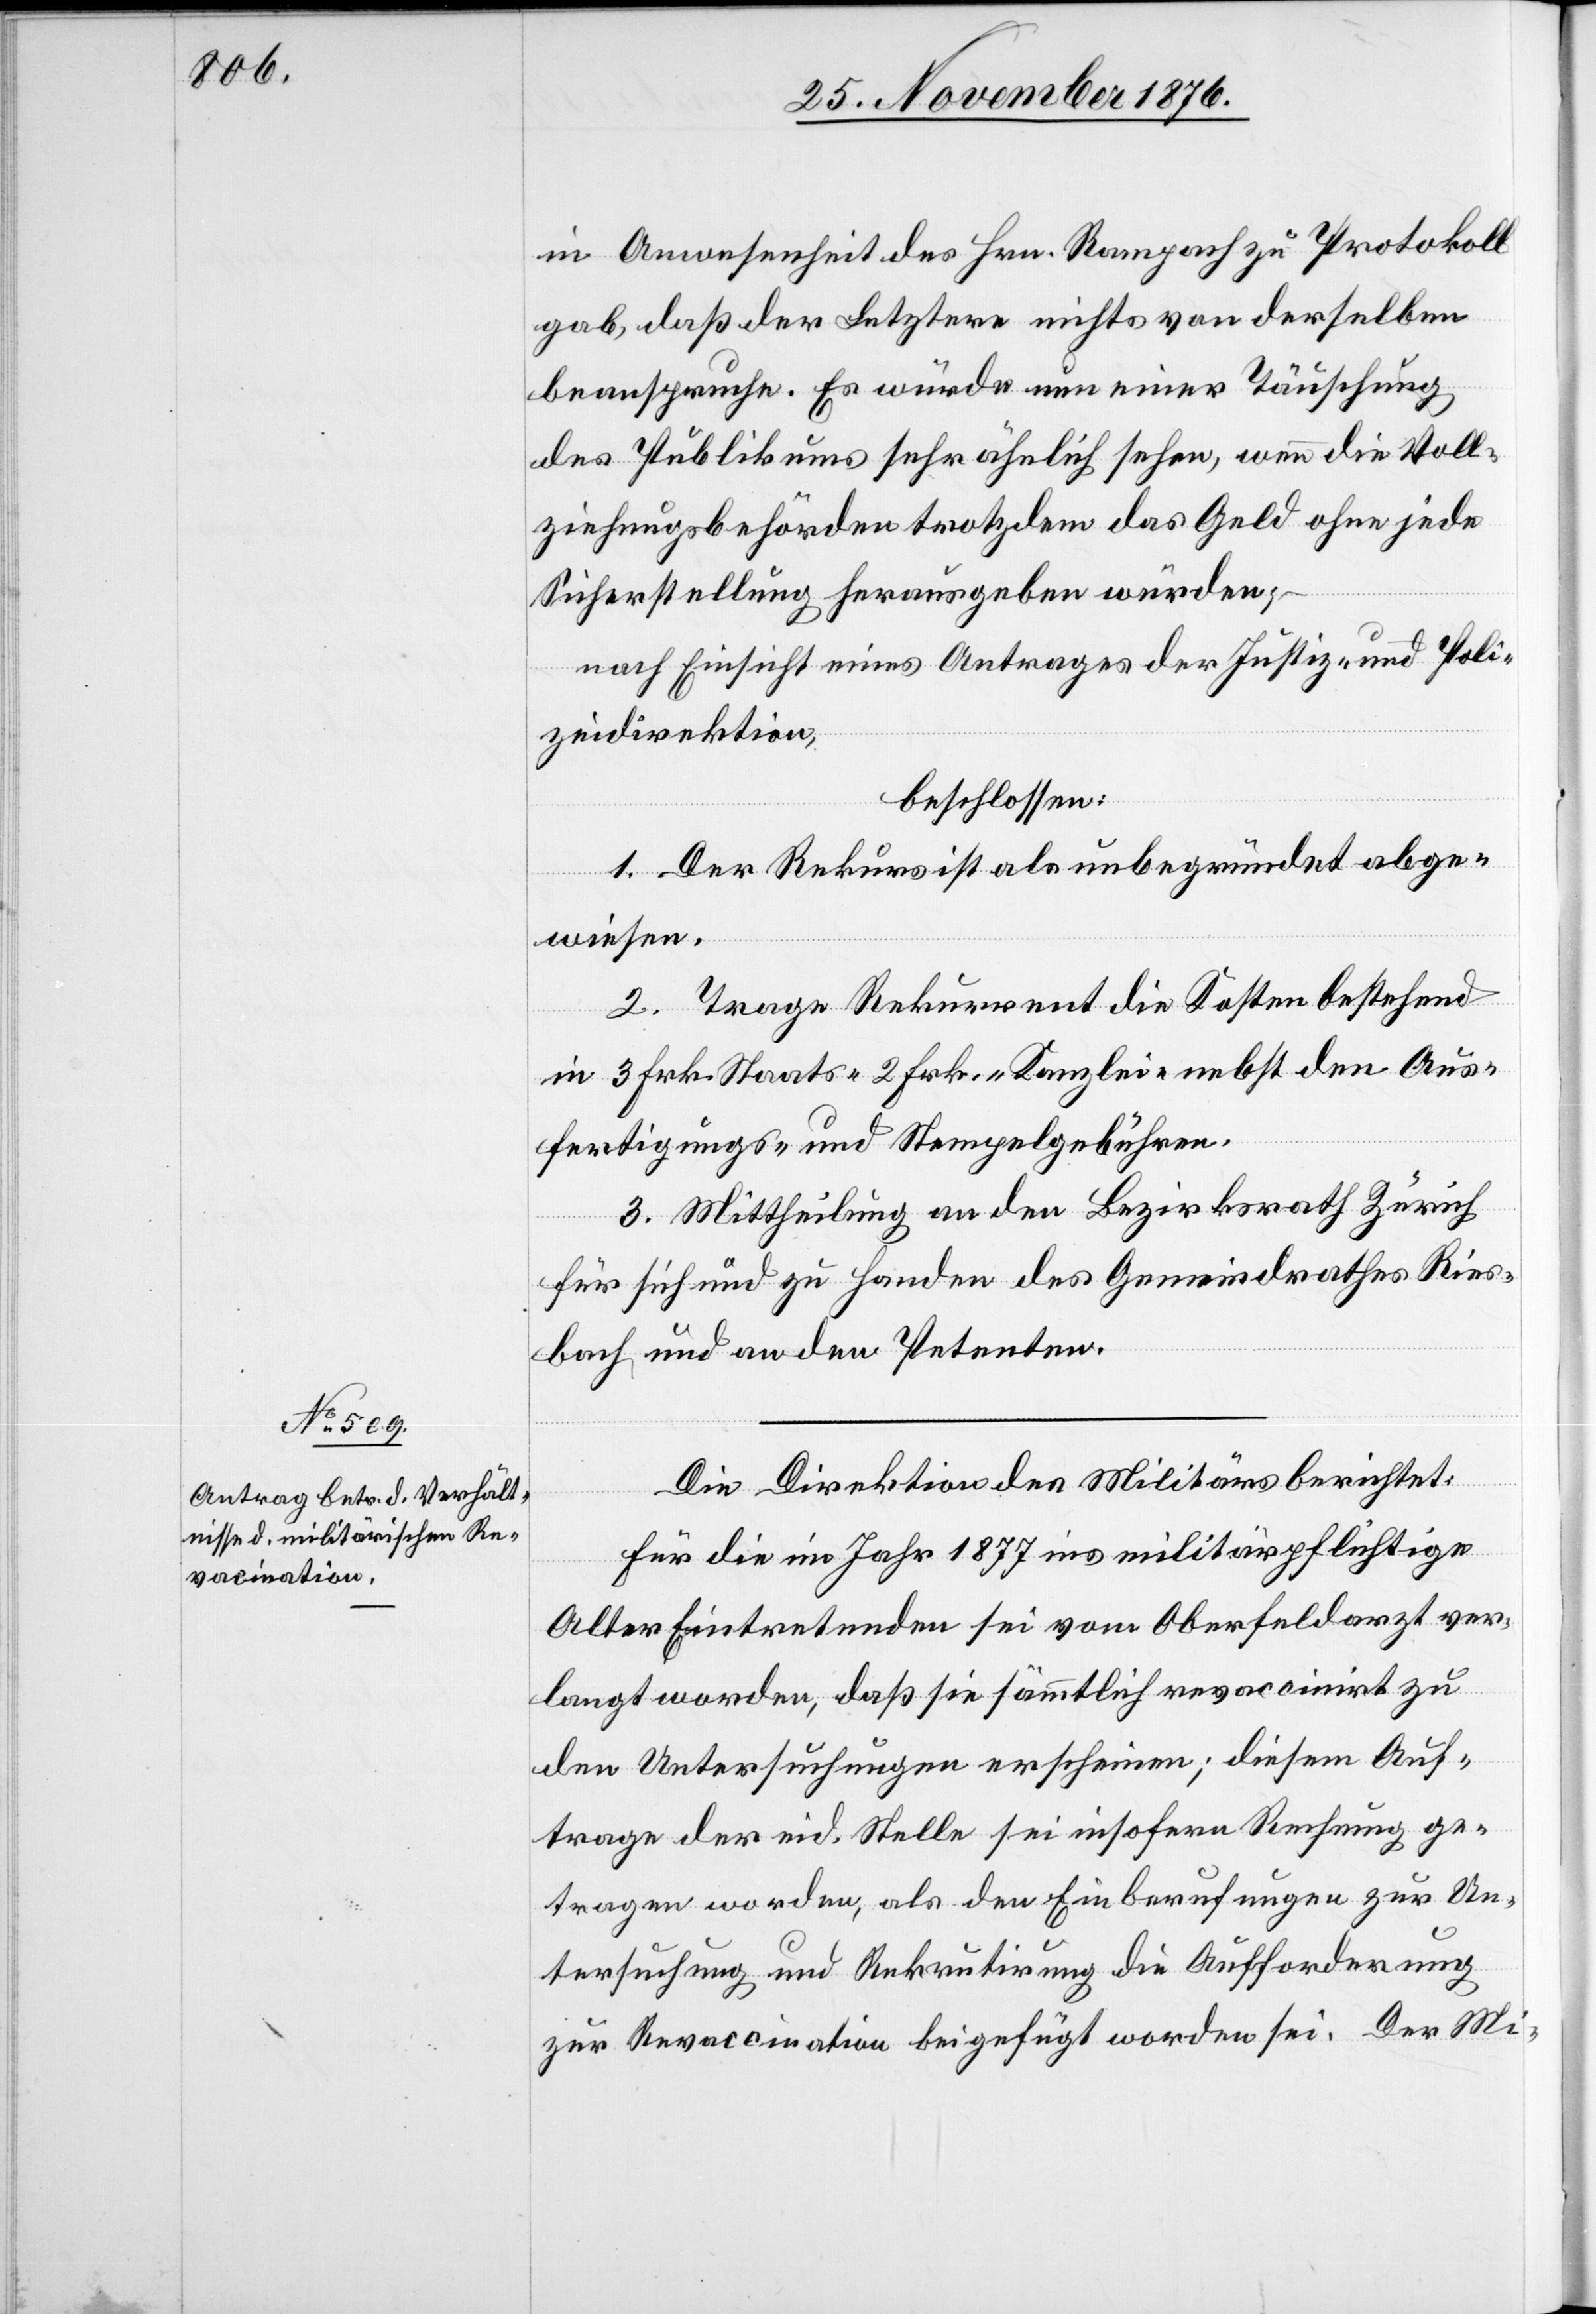
in Anwesenheit des Hrn. Rampach zu Protokoll
gab, daß der Letztere nichts von derselben
beanspruche. Es würde nun einer Täuschung
des Publikums sehr ähnlich sehen, wenn die Voll¬
ziehungsbehörden trotzdem das Geld ohne jede
Sicherstellung herausgeben würden;
nach Einsicht eines Antrages der Justiz- und Poli¬
zeidirektion,
beschlossen:
1. Der Rekurs ist als unbegründet abge¬
wiesen.
2. Trage Rekurrent die Kosten bestehend
in 3 Frk. Staats- 2 Frk. Kanzlei- nebst den Aus¬
fertigungs- und Stempelgebühren.
3. Mittheilung an den Bezirksrath Zürich
für sich und zu Handen des Gemeindrathes Ries¬
bach und an den Petenten.
Die Direktion des Militärs berichtet:
Für die im Jahr 1877 ins militärpflichtige
Alter Eintretenden sei vom Oberfeldarzt ver¬
langt worden, daß sie sämmtlich revaccinirt zu
den Untersuchungen erscheinen; diesem Auf¬
trage der eid. Stelle sei insofern Rechnung ge¬
tragen worden, als den Einberufungen zur Un¬
tersuchung und Rekrutirung die Aufforderung
zur Revaccination beigefügt worden sei. Der Mi-